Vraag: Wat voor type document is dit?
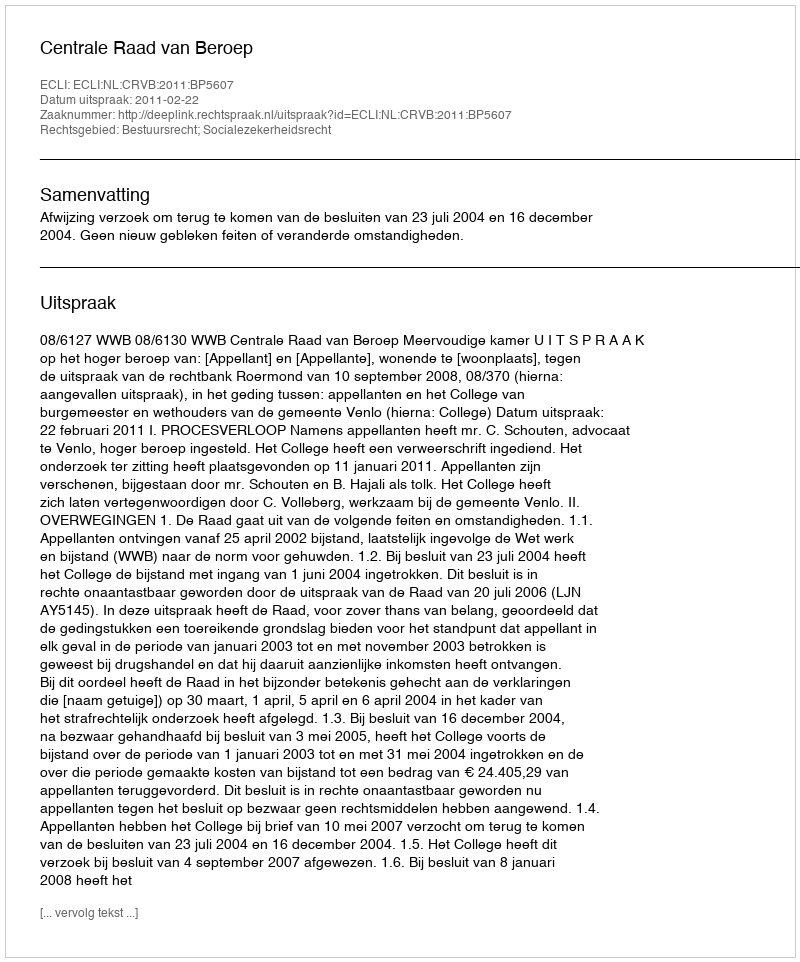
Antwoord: Uitspraak